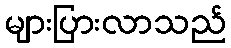
များပြားလာသည်